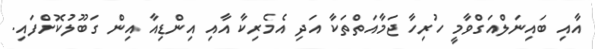
އާއި ބައިނަލްއަގްވާމީ ހުރިހާ ޖަމާއަތްތަކާ އަދި އެމެރިކާ އާއި އިންޑިއާ އިން ގަބޫލުކޮށްފައި.